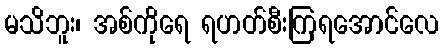
မသိဘူး၊ အစ်ကိုရေ ရဟတ်စီးကြရအောင်လေ